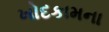
ખોદકામના